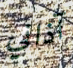
آذاني